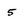
Character: 5